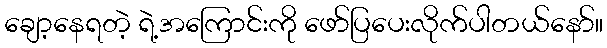
ချော့နေရတဲ့ ရဲ့အကြောင်းကို ဖော်ပြပေးလိုက်ပါတယ်နော်။